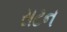
સટન